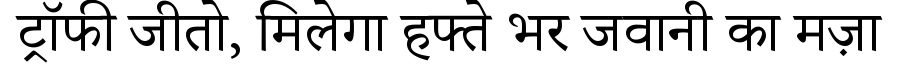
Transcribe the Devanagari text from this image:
ट्रॉफी जीतो, मिलेगा हफ्ते भर जवानी का मज़ा